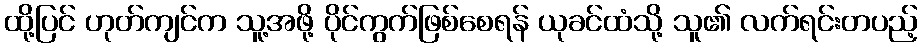
ထို့ပြင် ဟုတ်ကျင်က သူ့အဖို့ ပိုင်ကွက်ဖြစ်စေရန် ယုခင်ထံသို့ သူ၏ လက်ရင်းတပည့်